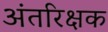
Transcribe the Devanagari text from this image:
अंतरिक्षक